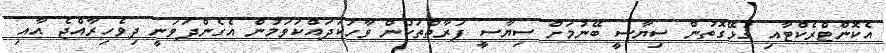
އެކޮންޓްރެކްޓާއި ގުޅޭގޮތުން ސިޔާސީ ބޭނުމަށް ސިޔާސީ ފަރާތްތަކުން ވާހަކަދައްކަވަމުން އެގެންދަވަނީ ދިވެހިރާއްޖެ އާއި